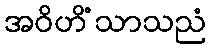
အဝိဟိံသာသညံ